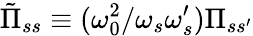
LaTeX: \tilde{\Pi}_{ss}\equiv(\omega_{0}^{2}/\omega_{s}\omega_{s}^{\prime})\Pi_{ss^{\prime}}